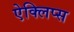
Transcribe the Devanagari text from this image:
ऐक्लिप्स